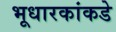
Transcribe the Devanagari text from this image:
भूधारकांकडे